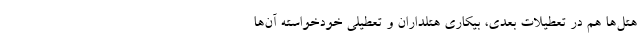
هتل‌ها هم در تعطیلات بعدی، بیکاری هتلداران و تعطیلی خودخواسته آن‌ها